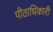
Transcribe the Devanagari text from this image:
पीठाधिकारी